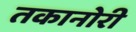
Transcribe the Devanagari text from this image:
तकानोरी